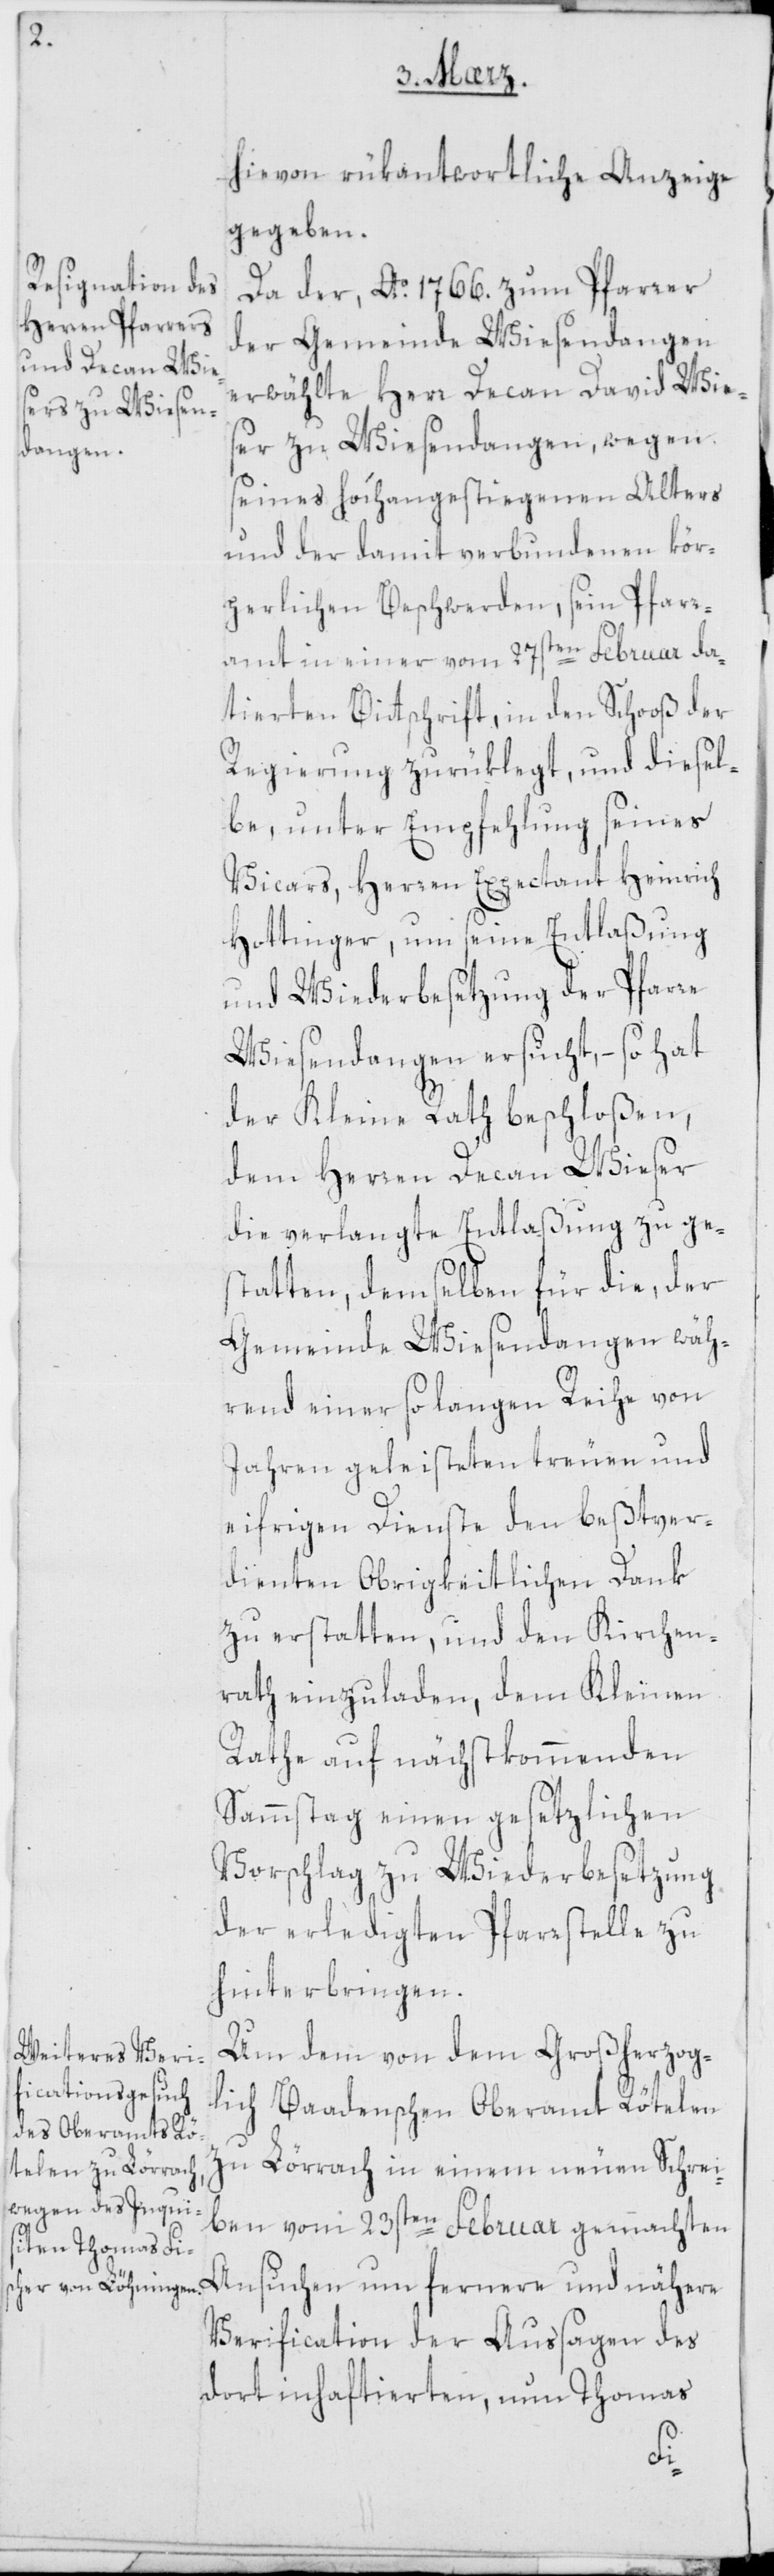
hievon rükantwortliche Anzeige
gegeben.
Da der, Ao. 1766. zum Pfarrer
der Gemeinde Wiesendangen
erwählte Herr Decan David Wie¬
ser zu Wiesendangen, wegen
seines hochangestiegenen Alters
und der damit verbundenen kör¬
perlichen Beschwerden, sein Pfarr¬
amt in einer vom 27sten Februar da¬
tierten Bittschrift, in den Schooß der
Regierung zurüklegt, und diesel¬
be, unter Empfehlung seines
Vicars, Herren Expectant Heinrich
Hottinger, um seine Entlaßung
und Wiederbesetzung der Pfarre
Wiesendangen ersucht, – so hat
der Kleine Rath beschloßen,
dem Herren Decan Wieser
die verlangte Entlaßung zu ge¬
statten, demselben für die, der
Gemeinde Wiesendangen wäh¬
rend einer so langen Reihe von
Jahren geleisteten treuen und
eifrigen Dienste den bestver¬
dienten Obrigkeitlichen Dank
zu erstatten, und den Kirchen¬
rath einzuladen, dem Kleinen
Rathe auf nächstkommenden
Sammstag einen gesetzlichen
Vorschlag zu Wiederbesetzung
der erledigten Pfarrstelle zu
hinterbringen.
Um dem von dem Großherzog¬
lich Baadenschen Oberamt Rötelen
zu Lörrach in einem neuen Schrei¬
ben vom 23sten Februar gemachten
Ansuchen um fernere und nähere
Verification der Aussagen des
dort inhaftierten, nun Thomas